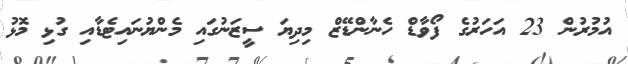
އުމުރުން 23 އަހަރުގެ ފޯވާޑް ހެނާންޑޭޒް މިދިޔަ ސީޒަނުގައި މެންޔުނައިޓެޑާއި ގުޅި މޮޅު